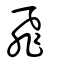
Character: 飛